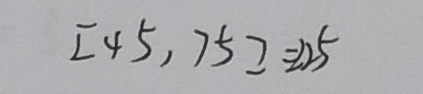
[ 4 5 , 7 5 ] = 2 2 5